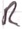
Text: R